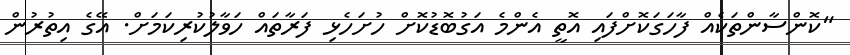
"ކޮންސާންތަކެއް ފާހަގަކޮށްފައި އޮތީ އެންމެ އަގުބޮޑުކޮށް ހުށަހެޅި ފަރާތައް ހަވާލުކުރިކަމަށް. އޭގެ އިތުރުން